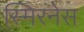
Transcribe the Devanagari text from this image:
स्मिरनेस